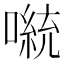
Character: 𫫴